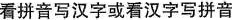
看拼音写汉字或看汉字写拼音